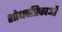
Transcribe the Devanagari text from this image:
शोधपत्रिकाओं